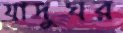
যাদুঘর